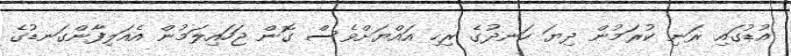
އުޑުގައި ރަނި ކުރަމުން ދިޔަ ހަނދުގެ ރިހި އައްޔަށްވެސް ގޮން ޖަހައިލަމުން އެއަލިފާންގަނޑުގެ